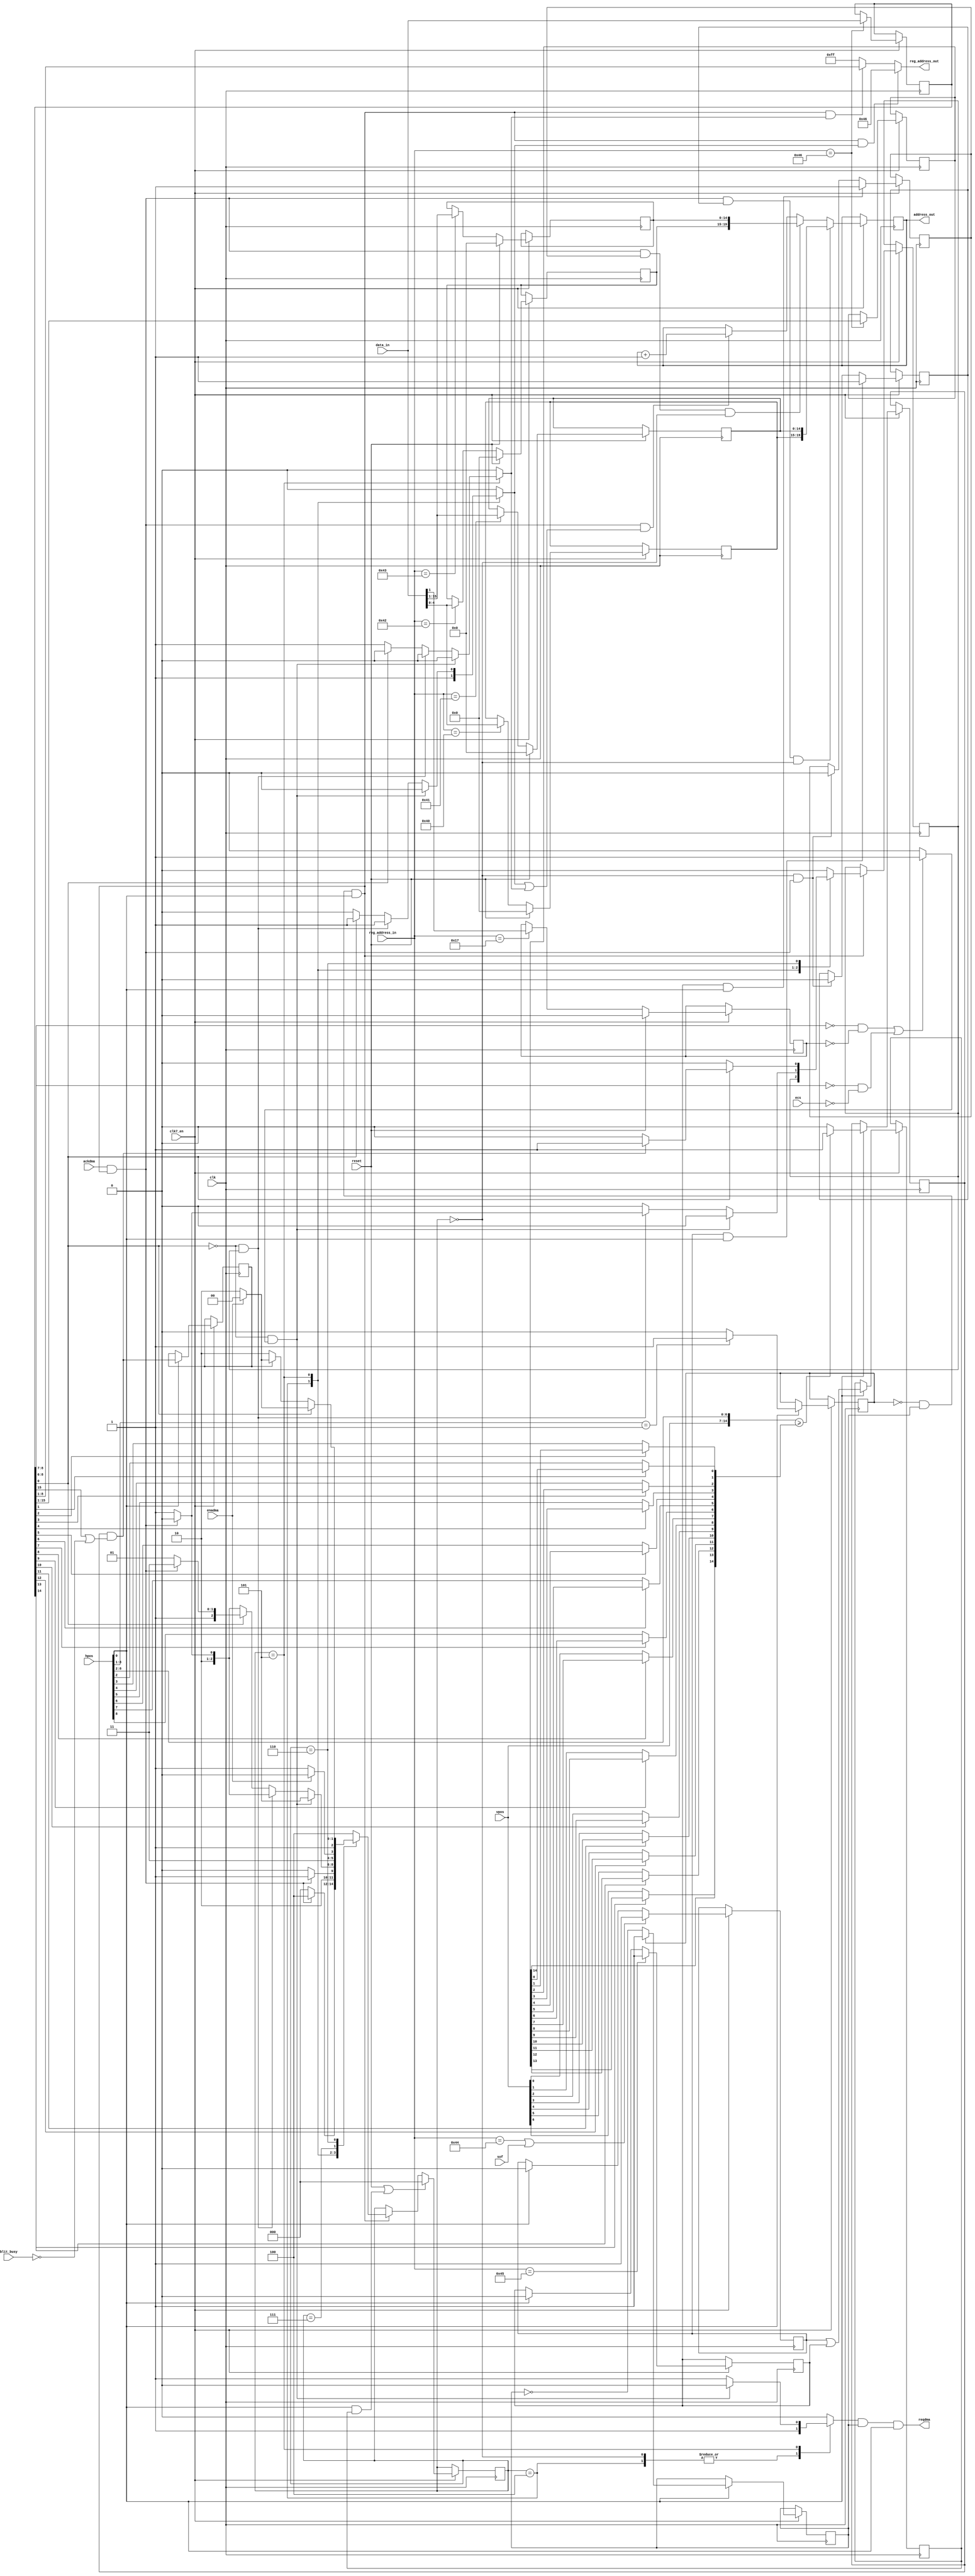
// Copyright 2006, 2007 Dennis van Weeren
//
// This file is part of Minimig
//
// Minimig is free software; you can redistribute it and/or modify
// it under the terms of the GNU General Public License as published by
// the Free Software Foundation; either version 3 of the License, or
// (at your option) any later version.
//
// Minimig is distributed in the hope that it will be useful,
// but WITHOUT ANY WARRANTY; without even the implied warranty of
// MERCHANTABILITY or FITNESS FOR A PARTICULAR PURPOSE.  See the
// GNU General Public License for more details.
//
// You should have received a copy of the GNU General Public License
// along with this program.  If not, see <http://www.gnu.org/licenses/>.
//
//
//
// This is the Copper (part of the Agnus chip)
//
// 24-05-2005	-started coding (created all user accessible registers)
// 25-05-2005	-added beam counter compare logic
// 29-05-2005	-added blitter finished disable logic
//				-added copper danger/address range check logic
//				-added controlling state machine
//				-adapted to use reqdma/ackdma model
//				-first finished version
// 11-09-2005	-added proper reset for copper location registers
// 24-09-2005	-fixed bug, when an illegal register is loaded by MOVE,
//				 the copper must halt until the next strobe or vertical blank.
//				 the copper now does this properly
// 02-10-2005	-modified skip instruction to only skip MOVE instructions.
// 19-10-2005	-replaced vertb (vertical blank) signal by sof (start of frame)
// 07-12-2005	-added dummy cycle after copper wakeup, this is needed for copperlists
//				 that wait for vertical beamcounter rollover ($FFDF,FFFE)
//				 The dummy cycle is indicated by making both selins and selreg high.
// 26-12-2005	-added exception for last cycle of horizontal line, this cycle is not used by copper
//
// JB:
// 2008-03-03	- ECS copper danger behaviour
// 2008-07-08	- clean-up
// 2008-07-17	- real Amiga timing behaviour (thanks to Toni Wilen for help)
// 2008-11-24	- clean-up
// 				- wait/skip free cycles reimplementation
//
// Although I spend a lot of time trying to figure out real behaviour of Amiga hardware this solution is not complete.
// more cycle-exact
//				- dma_bpl implementation 
//				- WAIT and SKIP states no longer keep CPU and blitter off the bus
// 2009-01-16	- clean-up
// 2009-05-24	- clean-up & renaming
// 2009-05-29	- dma_bpl replaced with dma_ena
// 2009-10-07	- implementation of blocked $E1 cycles
//				- modified copper restart
// 2010-06-16	- ECS/OCS CDANG behaviour implemented

module agnus_copper
(
	input 	clk,	 					// bus clock
  input clk7_en,
	input 	reset,	 					// system reset (synchronous)
	input	ecs,						// enable ECS chipset features
	output	reqdma,						// copper requests dma cycle
	input	ackdma,						// agnus dma priority logic grants dma cycle
	input	enadma,						// current slot is not used by any higher priority DMA channel
	input	sof,						// start of frame input
	input	blit_busy,					// blitter busy flag input
	input	[7:0] vpos,					// vertical beam counter
	input	[8:0] hpos,					// horizontal beam counter
	input 	[15:0] data_in,	    		// data bus input
	input 	[8:1] reg_address_in,		// register address input
	output 	reg [8:1] reg_address_out,	// register address output
	output 	reg [20:1] address_out 		// chip address output
);

// register names and adresses		
parameter COP1LCH = 9'h080;
parameter COP1LCL = 9'h082;
parameter COP2LCH = 9'h084;
parameter COP2LCL = 9'h086;
parameter COPCON  = 9'h02e;
parameter COPINS  = 9'h08c;
parameter COPJMP1 = 9'h088;
parameter COPJMP2 = 9'h08a;

// copper states
parameter RESET     = 3'b000;
parameter FETCH1    = 3'b100;
parameter FETCH2    = 3'b101;
parameter WAITSKIP1 = 3'b111;
parameter WAITSKIP2 = 3'b110;

// local signals
reg		[20:16] cop1lch;	// copper location register 1
reg		[15:1] cop1lcl;		// copper location register 1
reg		[20:16] cop2lch;	// copper location register 2
reg		[15:1] cop2lcl;		// copper location register 2
reg		cdang;				// copper danger bit
reg		[15:1] ir1;			// instruction register 1
reg		[15:0] ir2;			// instruction register 2
reg		[2:0] copper_state;	// current state of copper state machine
reg		[2:0] copper_next;	// next state of copper state machine

reg		strobe1;			// strobe 1 
reg		strobe2;			// strobe 2 
reg		strobe;
reg		illegalreg;			// illegal register (MOVE instruction)
reg		skip_flag;			// skip move instruction latch
reg		selins;				// load instruction register (register address out = COPINS)
reg		selreg;				// load chip register address, when both selins and selreg are active
							// a dummy cycle is executed
reg		skip;				// skip next move instruction (input to skip_flag register)

wire	enable;				// enables copper fsm and dma slot
reg		dma_req;
wire	dma_ack;
wire  dma_ena;
reg		beam_match;			// delayed beam match signal
wire	beam_match_skip;	// beam match signal for SKIP condition check
reg		beam_match_wait;	// beam match signal for WAIT condition chaeck

wire	clk_ena;			// enables every other clock cycle for chipset use 
reg		bus_ena;			// enables CCK cycle for copper use
reg		bus_blk;			// bus blocked by attempting an access in the "unusable" cycle

//--------------------------------------------------------------------------------------

// since Minimig's memory bus runs twice as fast as its real Amiga counterpart
// the chipset is required to use every other memory cycle to run virtually at the same speed
assign clk_ena = hpos[0];

// horizontal counter in Agnus is advanced 4 lores pixels in comparision with the one in Denise
// if the horizontal line contains odd number of CCK cycles (short lines of NTSC mode and all lines of PAL mode)
// there is a place where two cycles usable by the copper are located back to back
// in such a situation the first cycle is not used (but locks the bus if it has a chance)

//write copper location register 1 high and low word
always @(posedge clk)
  if (clk7_en) begin
  	if (reset)
  		cop1lch[20:16] <= 0;
  	else if (reg_address_in[8:1]==COP1LCH[8:1])
  		cop1lch[20:16] <= data_in[4:0];
  end
		
always @(posedge clk)
  if (clk7_en) begin
  	if (reset)
  		cop1lcl[15:1] <= 0;
  	else if (reg_address_in[8:1]==COP1LCL[8:1])
  		cop1lcl[15:1] <= data_in[15:1];
  end

//write copper location register 2 high and low word
always @(posedge clk)
  if (clk7_en) begin
  	if (reset)
  		cop2lch[20:16]<=0;
  	else if (reg_address_in[8:1]==COP2LCH[8:1])
  		cop2lch[20:16] <= data_in[4:0];
  end

always @(posedge clk)
  if (clk7_en) begin
  	if (reset)
  		cop2lcl[15:1] <= 0;
  	else if (reg_address_in[8:1]==COP2LCL[8:1])
  		cop2lcl[15:1] <= data_in[15:1];
  end

//write copcon register (copper danger bit)
always @(posedge clk)
  if (clk7_en) begin
  	if (reset)
  		cdang <= 0;
  	else if (reg_address_in[8:1]==COPCON[8:1])
  		cdang <= data_in[1];
  end

//copper instruction registers ir1 and ir2
always @(posedge clk)
  if (clk7_en) begin
  	if (reg_address_in[8:1]==COPINS[8:1])
  	begin
  		ir1[15:1] <= ir2[15:1];
  		ir2[15:0] <= data_in[15:0];
  	end
  end

//--------------------------------------------------------------------------------------

//chip address pointer (or copper program counter) controller
always @(posedge clk)
  if (clk7_en) begin
  	if (dma_ack && strobe1 && copper_state==RESET)//load pointer with location register 1
  		address_out[20:1] <= {cop1lch[20:16],cop1lcl[15:1]};
  	else if (dma_ack && strobe2 && copper_state==RESET)//load pointer with location register 2
  		address_out[20:1] <= {cop2lch[20:16],cop2lcl[15:1]};
  	else if (dma_ack && (selins || selreg))//increment address pointer (when not dummy cycle) 
  		address_out[20:1] <= address_out[20:1] + 1'b1;
  end

//--------------------------------------------------------------------------------------

// regaddress output select
// if selins=1 the address of the copper instruction register
// is sent out (not strictly necessary as we can load copins directly. However, this is 
// more according to what happens in a real amiga... I think), else the contents of
// ir2[8:1] is selected 
// (if you ask yourself: IR2? is this a bug? then check how ir1/ir2 are loaded in this design)
always @(*)
	if (enable & selins) //load our instruction register
		reg_address_out[8:1] = COPINS[8:1];
	else if (enable & selreg)//load register in move instruction
		reg_address_out[8:1] = ir2[8:1];
	else
		reg_address_out[8:1] = 8'hFF;//during dummy cycle null register address is present

// detect illegal register access
// CDANG = 0 (OCS/ECS) : $080-$1FE allowed
// CDANG = 1 (OCS)     : $040-$1FE allowed
// CDANG = 1 (ECS)     : $000-$1FE allowed
always @(*)
	if (ir2[8:7]==2'b00 && !cdang || ir2[8:6]==3'b000 && !ecs) // illegal access
		illegalreg = 1'b1;
	else // $080 -> $1FE always allowed
		illegalreg = 1'b0;

//--------------------------------------------------------------------------------------

reg copjmp1, copjmp2;

always @(posedge clk)
  if (clk7_en) begin
  	if (reg_address_in[8:1]==COPJMP1[8:1] || sof)
  		copjmp1 = 1;
  	else if (clk_ena)
  		copjmp1 = 0;
  end

always @(posedge clk)
  if (clk7_en) begin
  	if (reg_address_in[8:1]==COPJMP2[8:1])
  		copjmp2 = 1;
  	else if (clk_ena)
  		copjmp2 = 0;
  end
		
//strobe1 (also triggered by sof, start of frame)
always @(posedge clk)
  if (clk7_en) begin
  	if (copjmp1 && clk_ena)
  		strobe1 = 1;
  	else if (copper_state==RESET && dma_ack)
  		strobe1 = 0;
  end
		
//strobe2
always @(posedge clk)
  if (clk7_en) begin
  	if (copjmp2 && clk_ena)
  		strobe2 = 1;
  	else if (copper_state==RESET && dma_ack)
  		strobe2 = 0;
  end

always @(posedge clk)
  if (clk7_en) begin
  	if (clk_ena)
  		strobe = copjmp1 | copjmp2;
  end
		
//--------------------------------------------------------------------------------------

//beam compare circuitry
//when the mask for a compare bit is 1, the beamcounter is compared with that bit,
//when the mask is 0, the compare bit is replaced with the corresponding beamcounter bit
//itself, thus the compare is always true.
//the blitter busy flag is also checked if blitter finished disable is false

wire [8:2] horcmp;
wire [7:0] vercmp;

//construct compare value for horizontal beam counter (4 lores pixels resolution)
assign horcmp[2] = (ir2[1]) ? ir1[1] : hpos[2];
assign horcmp[3] = (ir2[2]) ? ir1[2] : hpos[3];
assign horcmp[4] = (ir2[3]) ? ir1[3] : hpos[4];
assign horcmp[5] = (ir2[4]) ? ir1[4] : hpos[5];
assign horcmp[6] = (ir2[5]) ? ir1[5] : hpos[6];
assign horcmp[7] = (ir2[6]) ? ir1[6] : hpos[7];
assign horcmp[8] = (ir2[7]) ? ir1[7] : hpos[8];

//construct compare value for vertical beam counter (1 line resolution)
assign vercmp[0] =  (ir2[8]) ?  ir1[8] : vpos[0];
assign vercmp[1] =  (ir2[9]) ?  ir1[9] : vpos[1];
assign vercmp[2] = (ir2[10]) ? ir1[10] : vpos[2];
assign vercmp[3] = (ir2[11]) ? ir1[11] : vpos[3];
assign vercmp[4] = (ir2[12]) ? ir1[12] : vpos[4];
assign vercmp[5] = (ir2[13]) ? ir1[13] : vpos[5];
assign vercmp[6] = (ir2[14]) ? ir1[14] : vpos[6];
assign vercmp[7] = ir1[15];
 
// actual beam position comparator
always @(posedge clk)
  if (clk7_en) begin
  	if (clk_ena)
  		if ({vpos[7:0],hpos[8:2]} >= {vercmp[7:0],horcmp[8:2]}) 
  			beam_match <= 1'b1;
  		else
  			beam_match <= 1'b0;
  end

assign beam_match_skip = beam_match & (ir2[15] | ~blit_busy);

always @(posedge clk)
  if (clk7_en) begin
  	if (clk_ena)
  		beam_match_wait <= beam_match_skip;
  end

//--------------------------------------------------------------------------------------
/*


WAIT: first cycle after fetch of second instruction word is a cycle when comparision with beam counter takes place
this comparision is beeing done all the time regardless of the available DMA slot
when the comparision condition is safisfied the FSM goes to wait_wake_up state,
it stays in this state as long as display DMA takes the DMA slots
when display DMA doesn't use even bus cycle the FSM advances to the fetch state (the slot isn't used by the copper, DBR is deasserted)
such a behaviour is caused by dma request pipelining in real Agnus

*/
//--------------------------------------------------------------------------------------
    
//generate dma request signal (reqdma)
//copper only uses even cycles: hpos[1:0]==2'b01)
//the last cycle of the short line is not usable by the copper
//in PAL mode when the copper wants to access memory bus in cycle $E1 the DBR is activated 
//(blocks the blitter and CPU) but actual transfer takes place in the next cycle (DBR still asserted)

always @(posedge clk)
  if (clk7_en) begin
  	if (clk_ena)
  		if (hpos[8:1]==8'h01)
  			bus_blk <= 1; //cycle $E1 is blocked
  		else
  			bus_blk <= 0;
  end

always @(posedge clk)
  if (clk7_en) begin
  	if (clk_ena)
  		if (bus_blk)
  			bus_ena <= 1; //cycle $E2 is usable
  		else
  			bus_ena <= ~bus_ena;
  end

assign enable = ~bus_blk & bus_ena & clk_ena;

assign reqdma = dma_req & bus_ena & clk_ena; //dma is request also during $E1 but output register address is idle
assign dma_ack = ackdma & enable; //dma ack is masked during $E1
assign dma_ena = enadma; //dma slot is empty and can be used by copper


//hint: during vblank copper instruction pointer is reloaded just after the first refresh slot	
//there is at least 2 CCK delay between writing COPJMPx register and pointer reload 
//copper state machine and skip_flag latch
always @(posedge clk)
  if (clk7_en) begin
  	if (reset || clk_ena && strobe) // on strobe or reset fetch first instruction word
  		copper_state <= RESET;
  	else if (enable) // go to next state
  		copper_state <= copper_next;
  end

always @(posedge clk)
  if (clk7_en) begin
  	if (enable)
  		skip_flag <= skip;
  end
	
always @(*)//(copper_state or ir2 or beam_match_wait or beam_match_skip or illegalreg or skip_flag or dma_ack or dma_ena)
begin
	case (copper_state)
	
		//when COPJMPx is written there is 2 cycle delay before data from new location is read to COPINS
		//usually first cycle is a read of the next instruction to COPINS or bitplane DMA,
		//the second is dma free cycle (it's a dummy cycle requested by copper but not used to transfer data)
		
		//after reset or strobe write an allocated DMA cycle is required to reload instruction pointer from location registers
		RESET:
		begin
			skip = 0;
			selins = 0;
			selreg = 0;
			dma_req = 1; //a DMA access is requested to reload instuction pointer
			if (dma_ack)
				copper_next = FETCH1;
			else
				copper_next = RESET;
		end
		
		//fetch first instruction word
		FETCH1:
		begin
			skip = skip_flag;
			selins = 1;
			selreg = 0;
			dma_req = 1;
			if (dma_ack)
				copper_next = FETCH2;
			else
				copper_next = FETCH1;
		end

		//fetch second instruction word, skip or do MOVE instruction or halt copper
		FETCH2:			
		begin
			if (!ir2[0] && illegalreg) // illegal MOVE instruction, halt copper
			begin
				skip = 0;
				selins = 0;
				selreg = 0;
				dma_req = 0;
				copper_next = FETCH2;
			end
			else if (!ir2[0] && skip_flag) // skip this MOVE instruction
			begin
				selins = 1;
				selreg = 0;
				dma_req = 1;
				if (dma_ack)
				begin
					skip = 0;
					copper_next = FETCH1;
				end
				else
				begin
					skip = 1;
					copper_next = FETCH2;
				end
			end
			else if (!ir2[0]) // MOVE instruction
			begin
				skip = 0;
				selins = 0;
				selreg = 1;
				dma_req = 1;
				if (dma_ack)
					copper_next = FETCH1;
				else
					copper_next = FETCH2;
			end
			else//fetch second instruction word of WAIT or SKIP instruction
			begin
				skip = 0;
				selins = 1;
				selreg = 0;
				dma_req = 1;
				if (dma_ack)
					copper_next = WAITSKIP1;
				else
					copper_next = FETCH2;				
			end
		end
		
		//both SKIP and WAIT have the same timing when WAIT is immediatelly complete
		//both these instructions complete in 4 cycles and these cycles must be allocated dma cycles
		//first cycle seems to be dummy

		WAITSKIP1:
		begin
			skip = 0;
			selins = 0;
			selreg = 0;
			dma_req = 0;
			if (dma_ena)
				copper_next = WAITSKIP2;
			else
				copper_next = WAITSKIP1;
		end
		
		//second cycle of WAIT or SKIP (allocated dma)
		//WAIT or SKIP instruction
		WAITSKIP2:
		begin
			if (!ir2[0]) // WAIT instruction
			begin
				if (beam_match_wait) // wait is over, fetch next instruction
				begin
					skip = 0;
					selins = 0;
					selreg = 0;
					dma_req = 0;
					if (dma_ena)
						copper_next = FETCH1;
					else
						copper_next = WAITSKIP2;
				end
				else//still waiting
				begin
					skip = 0;
					selins = 0;
					selreg = 0;
					dma_req = 0;
					copper_next = WAITSKIP2;
				end
			end
			else // SKIP instruction
			begin
				if (beam_match_skip) // compare is true, fetch next instruction and skip it if it's MOVE
				begin
					skip = 1;
					selins = 0;
					selreg = 0;
					dma_req = 0;			
					if (dma_ena)
						copper_next = FETCH1;
					else
						copper_next = WAITSKIP2;
				end
				else//do not skip, fetch next instruction
				begin
					skip = 0;
					selins = 0;
					selreg = 0;
					dma_req = 0;						
					if (dma_ena)
						copper_next = FETCH1;
					else
						copper_next = WAITSKIP2;
				end
			end
		end
	
		//default, go back to reset state
		default:
		begin
			skip = 0;
			selins = 0;
			selreg = 0;
			dma_req = 0;			
			copper_next = FETCH1;
		end
		
	endcase
end	

//--------------------------------------------------------------------------------------


endmodule